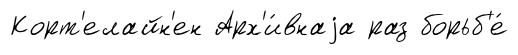
Корт'елайн'ен Арх'и́внаjа раз борьб'е́